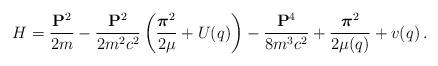
LaTeX: \begin{align*}H = \frac{{\bf P}^2}{2m} - \frac{{\bf P}^2}{2m^2c^2}\left(\frac{{\mbox{\boldmath$\pi$}}^2}{2\mu} + U(q)\right)- \frac{{\bf P}^4}{8m^3c^2} + \frac{{\mbox{\boldmath$\pi$}}^2}{2\mu(q)}+ v(q)\,.\end{align*}